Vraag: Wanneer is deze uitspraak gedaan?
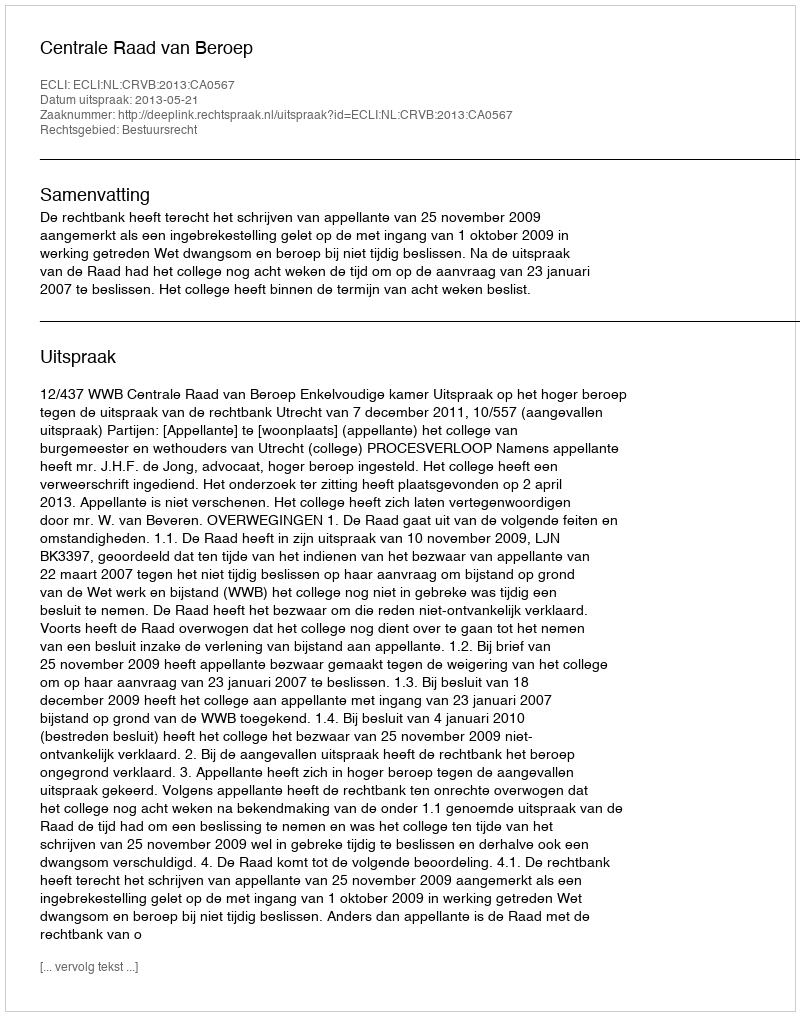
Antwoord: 2013-05-21